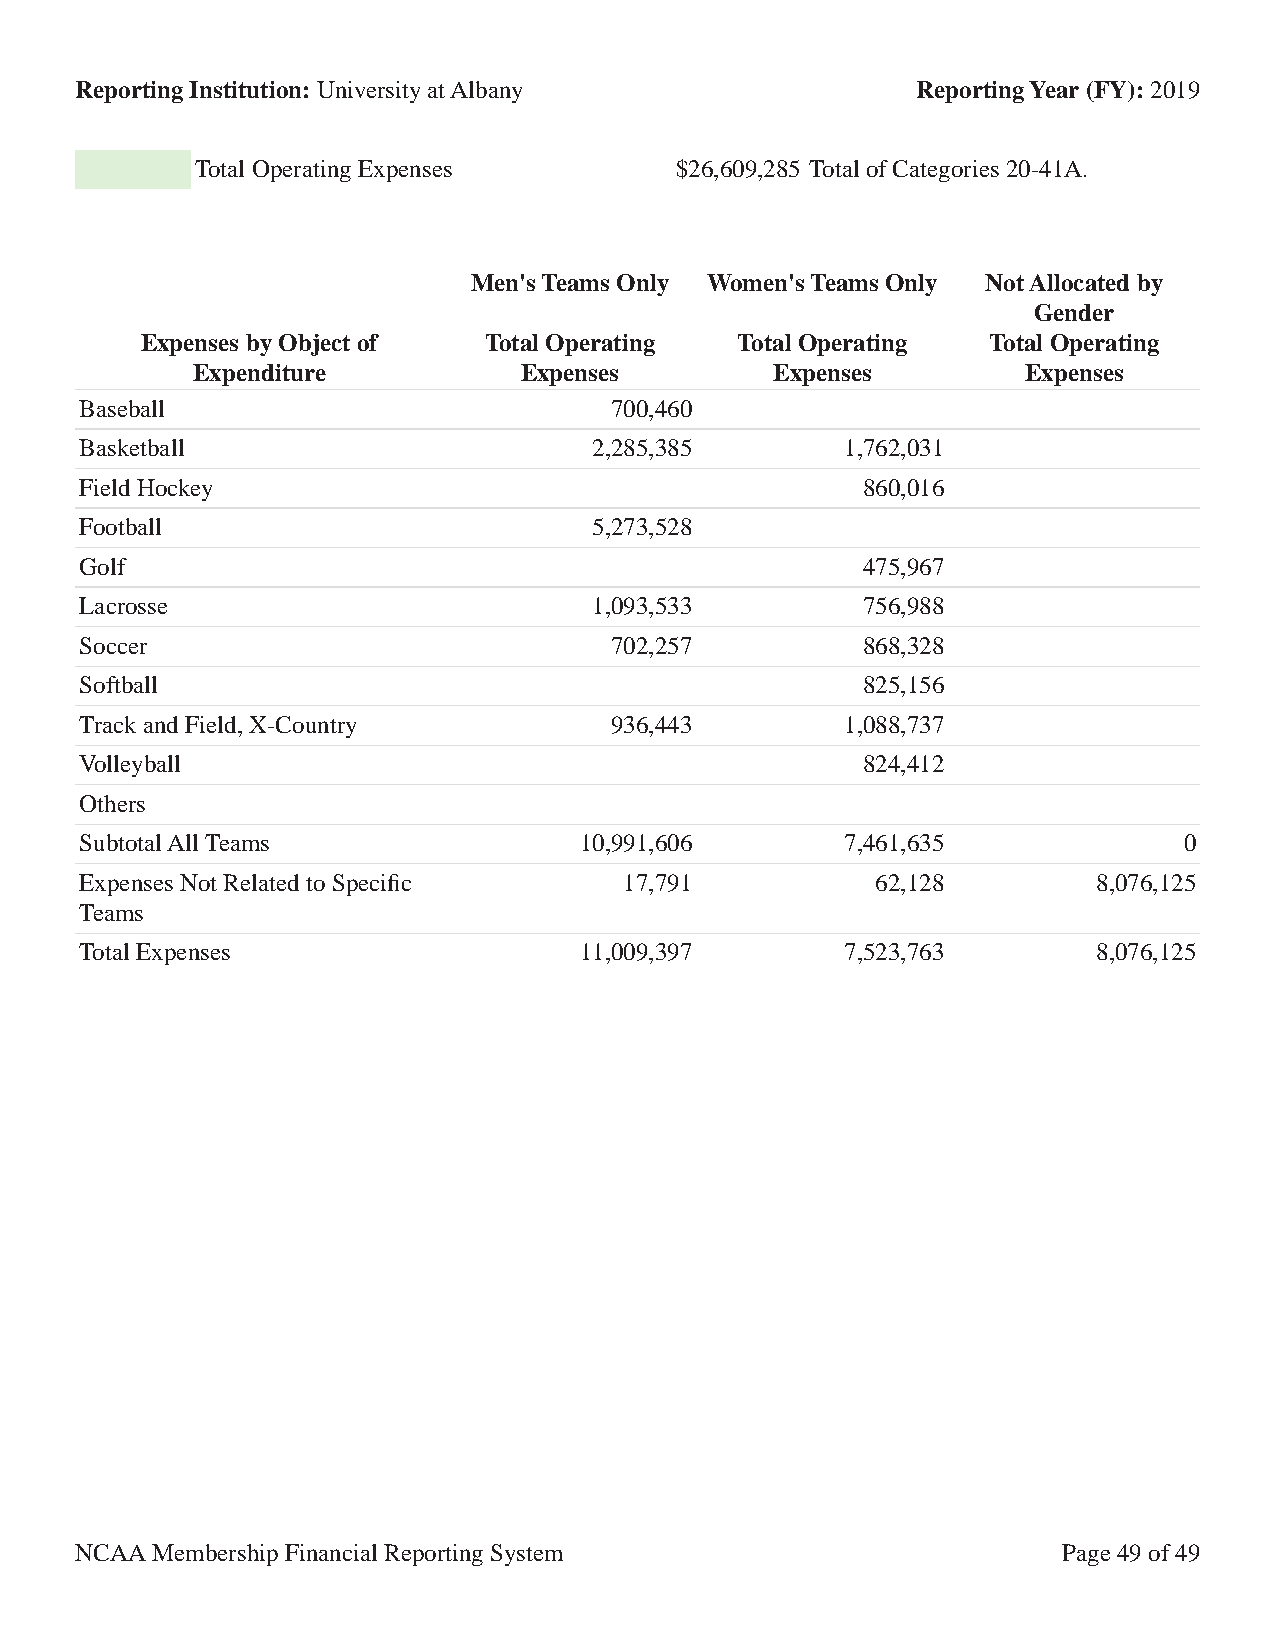
Reporting Institution: University at Albany             Reporting Year (FY): 2019
 Total Operating Expenses        $26,609,285 Total of Categories 20-41A.
 Men's Teams Only Women's Teams Only Not Allocated by
 Gender
 Expenses by Object of  Total Operating  Total Operating Total Operating
 Expenditure          Expenses         Expenses         Expenses
 Baseball                           700,460
 Basketball                        2,285,385        1,762,031
 Field Hockey                                        860,016
 Football                          5,273,528
 Golf                                                475,967
 Lacrosse                          1,093,533         756,988
 Soccer                             702,257          868,328
 Softball                                            825,156
 Track and Field, X-Country         936,443         1,088,737
 Volleyball                                          824,412
 Others
 Subtotal All Teams               10,991,606        7,461,635             0
 Expenses Not Related to Specific    17,791           62,128         8,076,125
 Teams
 Total Expenses                   11,009,397        7,523,763        8,076,125
 NCAA Membership Financial Reporting System                       Page 49 of 49